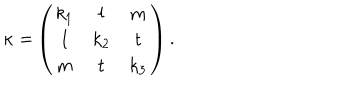
\mathrm { \ k a p p a = } \left( \begin{array} { c c c } { { k _ { 1 } } } & { { l } } & { { m } } \\ { { l } } & { { k _ { 2 } } } & { { t } } \\ { { m } } & { { t } } & { { k _ { 3 } } } \\ \end{array} \right) .